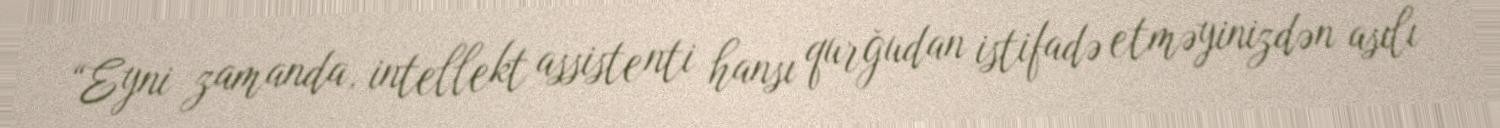
“Eyni zamanda, intellekt assistenti hansı qurğudan istifadə etməyinizdən asılı